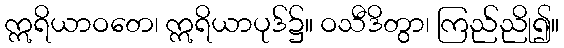
ဣရိယာဝတေ၊ ဣရိယာပုဒ်၌။ ဝသီဒိတွာ၊ ကြည်ညို၍။